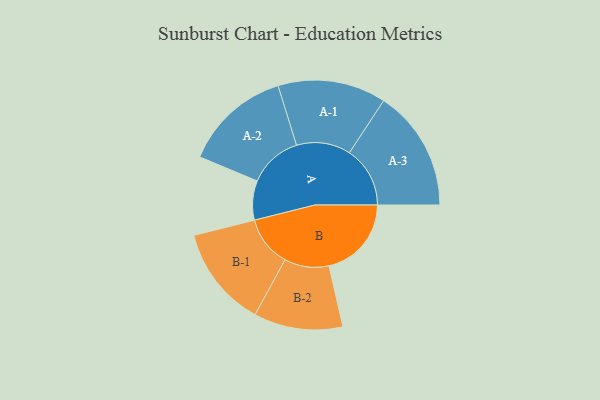
{"axis": {"x": "Segment", "y": "Value"}, "legend": ["", "A", "B"], "data": [{"x": "A", "y": 180, "type": ""}, {"x": "B", "y": 378, "type": ""}, {"x": "A-1", "y": 248, "type": "A"}, {"x": "A-2", "y": 246, "type": "A"}, {"x": "A-3", "y": 278, "type": "A"}, {"x": "B-1", "y": 232, "type": "B"}, {"x": "B-2", "y": 204, "type": "B"}]}